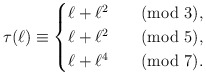
\begin{align*} \tau(\ell) \equiv \begin{cases} \ell + \ell^2 & \pmod{3},\\ \ell + \ell^2 & \pmod{5},\\ \ell + \ell^4 &\pmod 7. \end{cases}\end{align*}